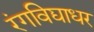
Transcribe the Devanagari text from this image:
रंगविद्याधर